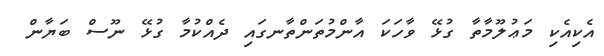
އެކިއެކި މަޢުލޫމާތާ ގުޅޭ ވާހަކަ އާންމުތަންތާނގައި ދެއްކުމާ ގުޅޭ ނޫސް ބަޔާން